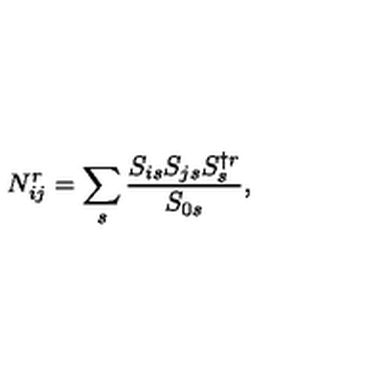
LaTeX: N _ { i j } ^ { r } = \sum _ { s } { \frac { S _ { i s } S _ { j s } S _ { s } ^ { \dagger r } } { S _ { 0 s } } } ,